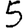
Digit: 5